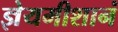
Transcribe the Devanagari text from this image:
ज्ञेयमीशानं